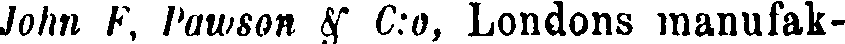
John F, Pawson & C:o, Londons manufak-